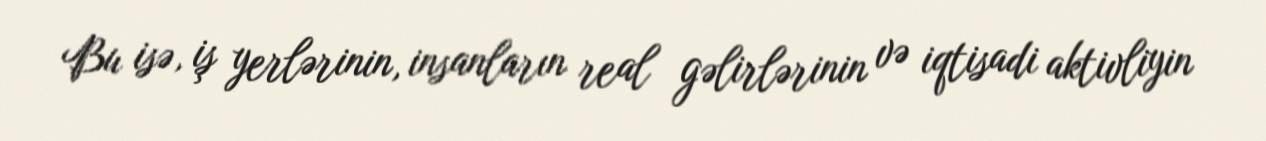
Bu isə, iş yerlərinin, insanların real gəlirlərinin və iqtisadi aktivliyin